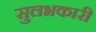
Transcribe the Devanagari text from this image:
सुलभकारी